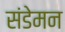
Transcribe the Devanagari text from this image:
संडेमन